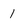
Character: 1